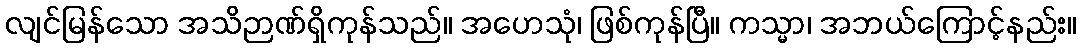
လျင်မြန်သော အသိဉာဏ်ရှိကုန်သည်။ အဟေသုံ၊ ဖြစ်ကုန်ပြီ။ ကသ္မာ၊ အဘယ်ကြောင့်နည်း။